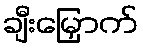
ချီးမြှောက်